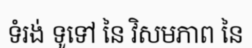
ទំរង់ ទូទៅ នៃ វិសមភាព នៃ